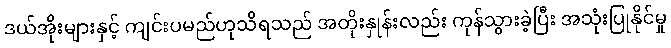
ဒယ်အိုးများနှင့် ကျင်းပမည်ဟုသိရသည် အတိုးနှုန်းလည်း ကုန်သွားခဲ့ပြီး အသုံးပြုနိုင်မှု